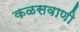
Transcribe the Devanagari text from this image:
कळसवाणी